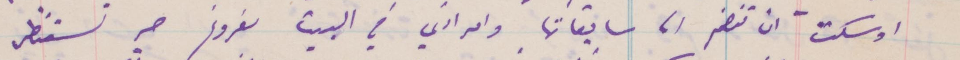
واشكت ان تنضم الى سابقاتها وامراتي في البيت مفروغ هي تستنظر